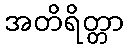
အတိရိတ္တာ